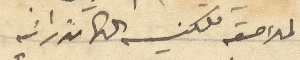
الملاصقه للكنيسه الكاتدرائيه